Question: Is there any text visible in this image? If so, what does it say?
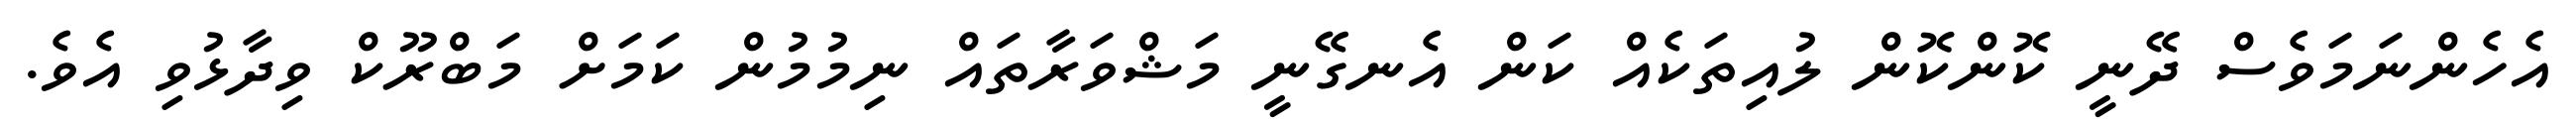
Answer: އެހެންނަމަވެސް ދޭނީ ކޮންކޮން ލުއިތަކެއް ކަން އެނގޭނީ މަޝްވަރާތައް ނިމުމުން ކަމަށް މަބްރޫކް ވިދާޅުވި އެވެ.